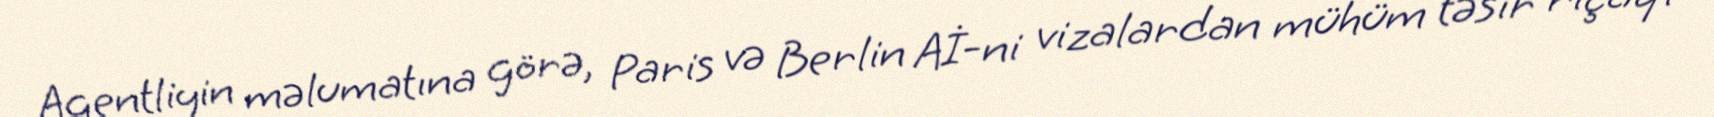
Agentliyin məlumatına görə, Paris və Berlin Aİ-ni vizalardan mühüm təsir rıçaqı